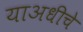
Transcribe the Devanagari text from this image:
याअधीचे